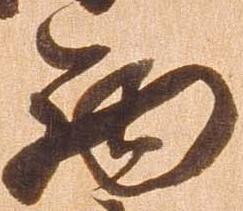
西